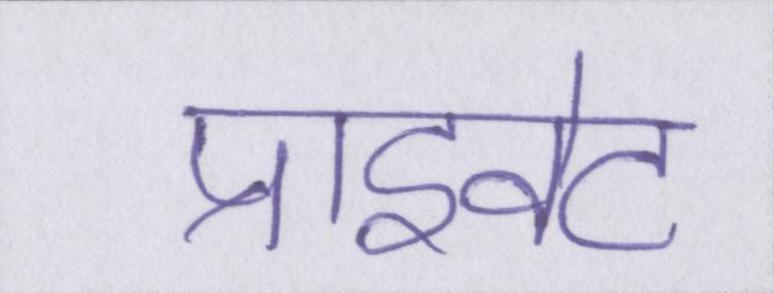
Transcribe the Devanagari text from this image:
प्राइवेट